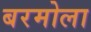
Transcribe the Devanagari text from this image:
बरमोला